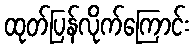
ထုတ်ပြန်လိုက်ကြောင်း